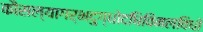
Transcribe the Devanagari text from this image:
कौसल्यागर्भदुग्धोदधिविमलविधो